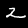
Label: 2